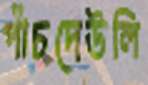
পাঁচদেউলি